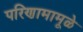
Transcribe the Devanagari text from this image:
परिणामामूळे